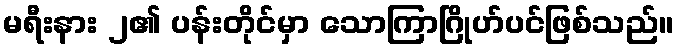
မရီးနား ၂၏ ပန်းတိုင်မှာ သောကြာဂြိုဟ်ပင်ဖြစ်သည်။